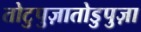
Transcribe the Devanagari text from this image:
तोटुपुज़ातोडुपुज़ा